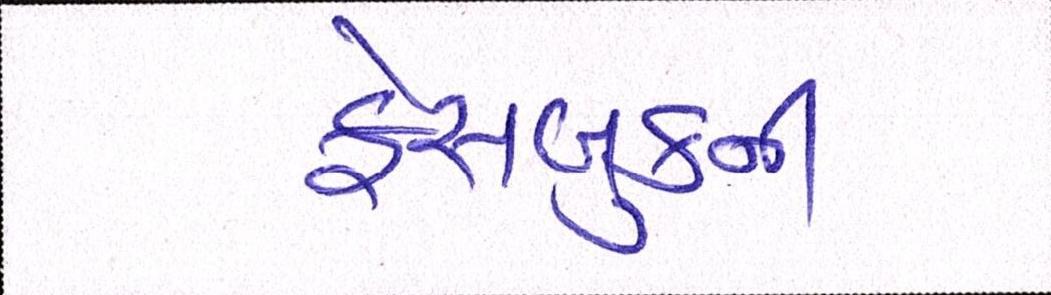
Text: ફેસબુકની